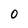
Character: 0